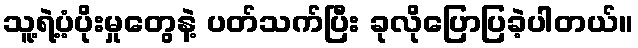
သူ့ရဲ့ပံ့ပိုးမှုတွေနဲ့ ပတ်သက်ပြီး ခုလိုပြောပြခဲ့ပါတယ်။